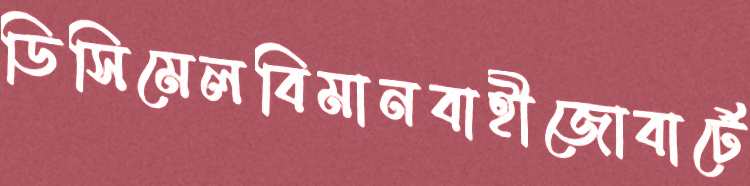
ডিসিমেলবিমানবাহীজোবার্টে